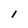
Character: 1